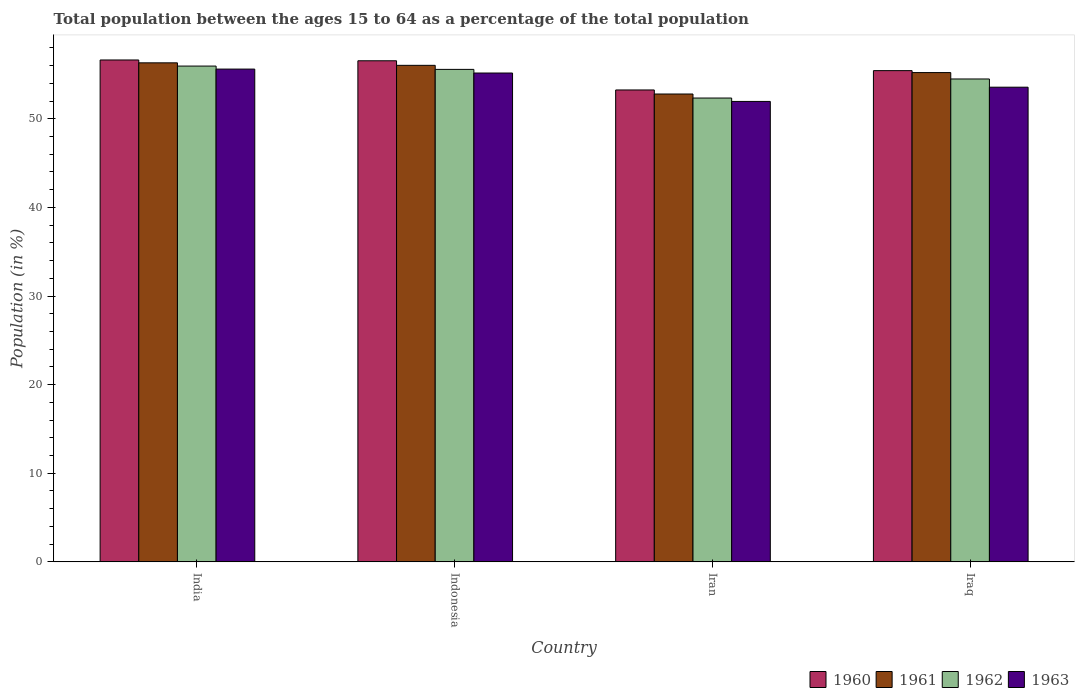
| Country | 1960 | 1961 | 1962 | 1963 |
 | --- | --- | --- | --- | --- |
 | India | 56.6 | 56.3 | 55.9 | 55.6 |
 | Indonesia | 56.5 | 56 | 55.6 | 55.2 |
 | Iran | 53.3 | 52.8 | 52.3 | 52 |
 | Iraq | 55.4 | 55.2 | 54.5 | 53.6 |